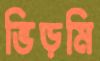
ভিড়মি